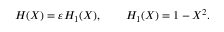
H ( X ) = \varepsilon H _ { 1 } ( X ) , \qquad H _ { 1 } ( X ) = 1 - X ^ { 2 } .